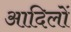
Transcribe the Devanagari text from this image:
आदिलों